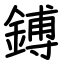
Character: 鎛